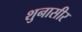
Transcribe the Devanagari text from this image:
शुनासीर